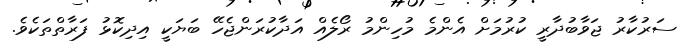
ސަރުކާރު ޖަވާބުދާރީ ކުރުމަށް އެންމެ މުހިންމު ރޯލެއް އަދާކުރަންޖެހޭ ބަޔަކީ އިދިކޮޅު ފަރާތްތަކެވެ.